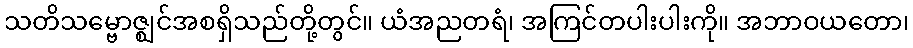
သတိသမ္ဗောဇ္ဈင်အစရှိသည်တို့တွင်။ ယံအညတရံ၊ အကြင်တပါးပါးကို။ အဘာဝယတော၊